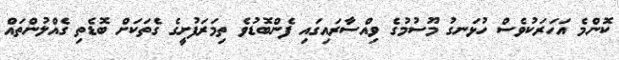
ކޮންމެ އަހަރަކުވެސް ހުޅަނގު މޫސުމުގެ ވިއްސާރައިގައި ފެންބޮޑުވެ ތިމަރަފުށީގެ ގެތަކަށް ބޮޑެތި ގެއްލުންތައް